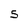
Character: 5